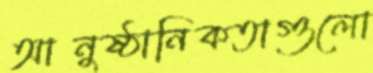
আনুষ্ঠানিকতাগুলো